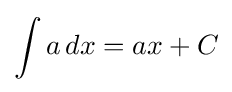
\int a\,dx=ax+C